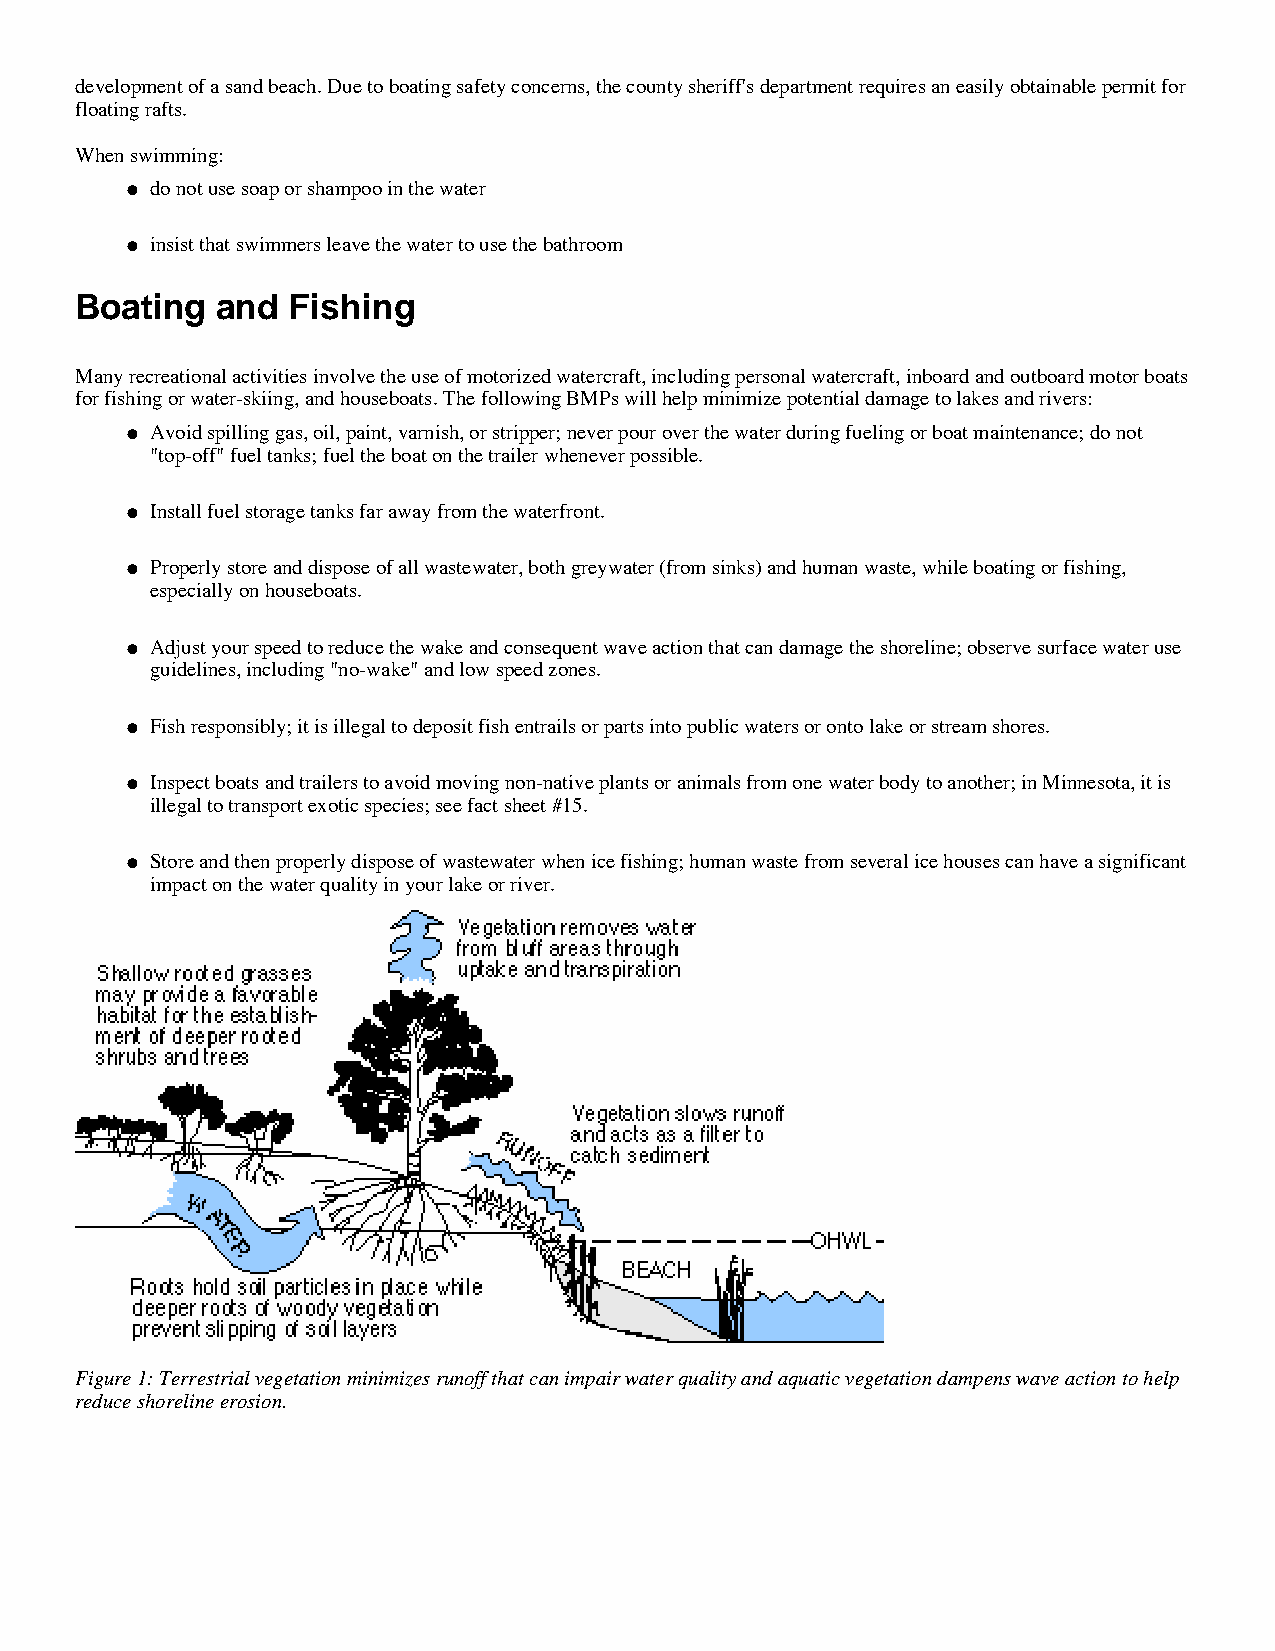
development of a sand beach. Due to boating safety concerns, the county sheriff's department requires an easily obtainable permit for
 floating rafts.
 When swimming:
 do not use soap or shampoo in the water
 l
 insist that swimmers leave the water to use the bathroom
 l
 Boating  and  Fishing
 Many recreational activities involve the use of motorized watercraft, including personal watercraft, inboard and outboard motor boats
 for fishing or water-skiing, and houseboats. The following BMPs will help minimize potential damage to lakes and rivers:
 Avoid spilling gas, oil, paint, varnish, or stripper; never pour over the water during fueling or boat maintenance; do not
 l
 "top-off" fuel tanks; fuel the boat on the trailer whenever possible.
 Install fuel storage tanks far away from the waterfront.
 l
 Properly store and dispose of all wastewater, both greywater (from sinks) and human waste, while boating or fishing,
 l
 especially on houseboats.
 Adjust your speed to reduce the wake and consequent wave action that can damage the shoreline; observe surface water use
 l
 guidelines, including "no-wake" and low speed zones.
 Fish responsibly; it is illegal to deposit fish entrails or parts into public waters or onto lake or stream shores.
 l
 Inspect boats and trailers to avoid moving non-native plants or animals from one water body to another; in Minnesota, it is
 l
 illegal to transport exotic species; see fact sheet #15.
 Store and then properly dispose of wastewater when ice fishing; human waste from several ice houses can have a significant
 l
 impact on the water quality in your lake or river.
 Figure 1: Terrestrial vegetation minimizes runoff that can impair water quality and aquatic vegetation dampens wave action to help
 reduce shoreline erosion.